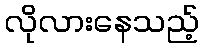
လိုလားနေသည့်